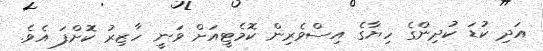
އަދި ކުޑަ ކުދިންގެ ހިޔާގެ އިސްވެރިން ކޮމެޓީއަށް ވަނީ ހާޒިރު ކޮށްފަ އެވެ.